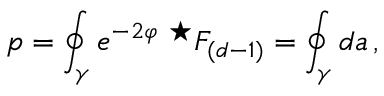
p = \oint _ { \gamma } e ^ { - 2 \varphi } \ { } ^ { \star } F _ { ( d - 1 ) } = \oint _ { \gamma } d a \, ,